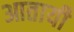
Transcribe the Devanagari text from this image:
आतायी